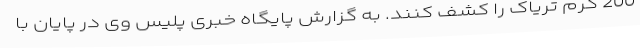
200 گرم تریاک را کشف کنند. به گزارش پایگاه خبری پلیس وی در پایان با